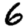
Digit: 6